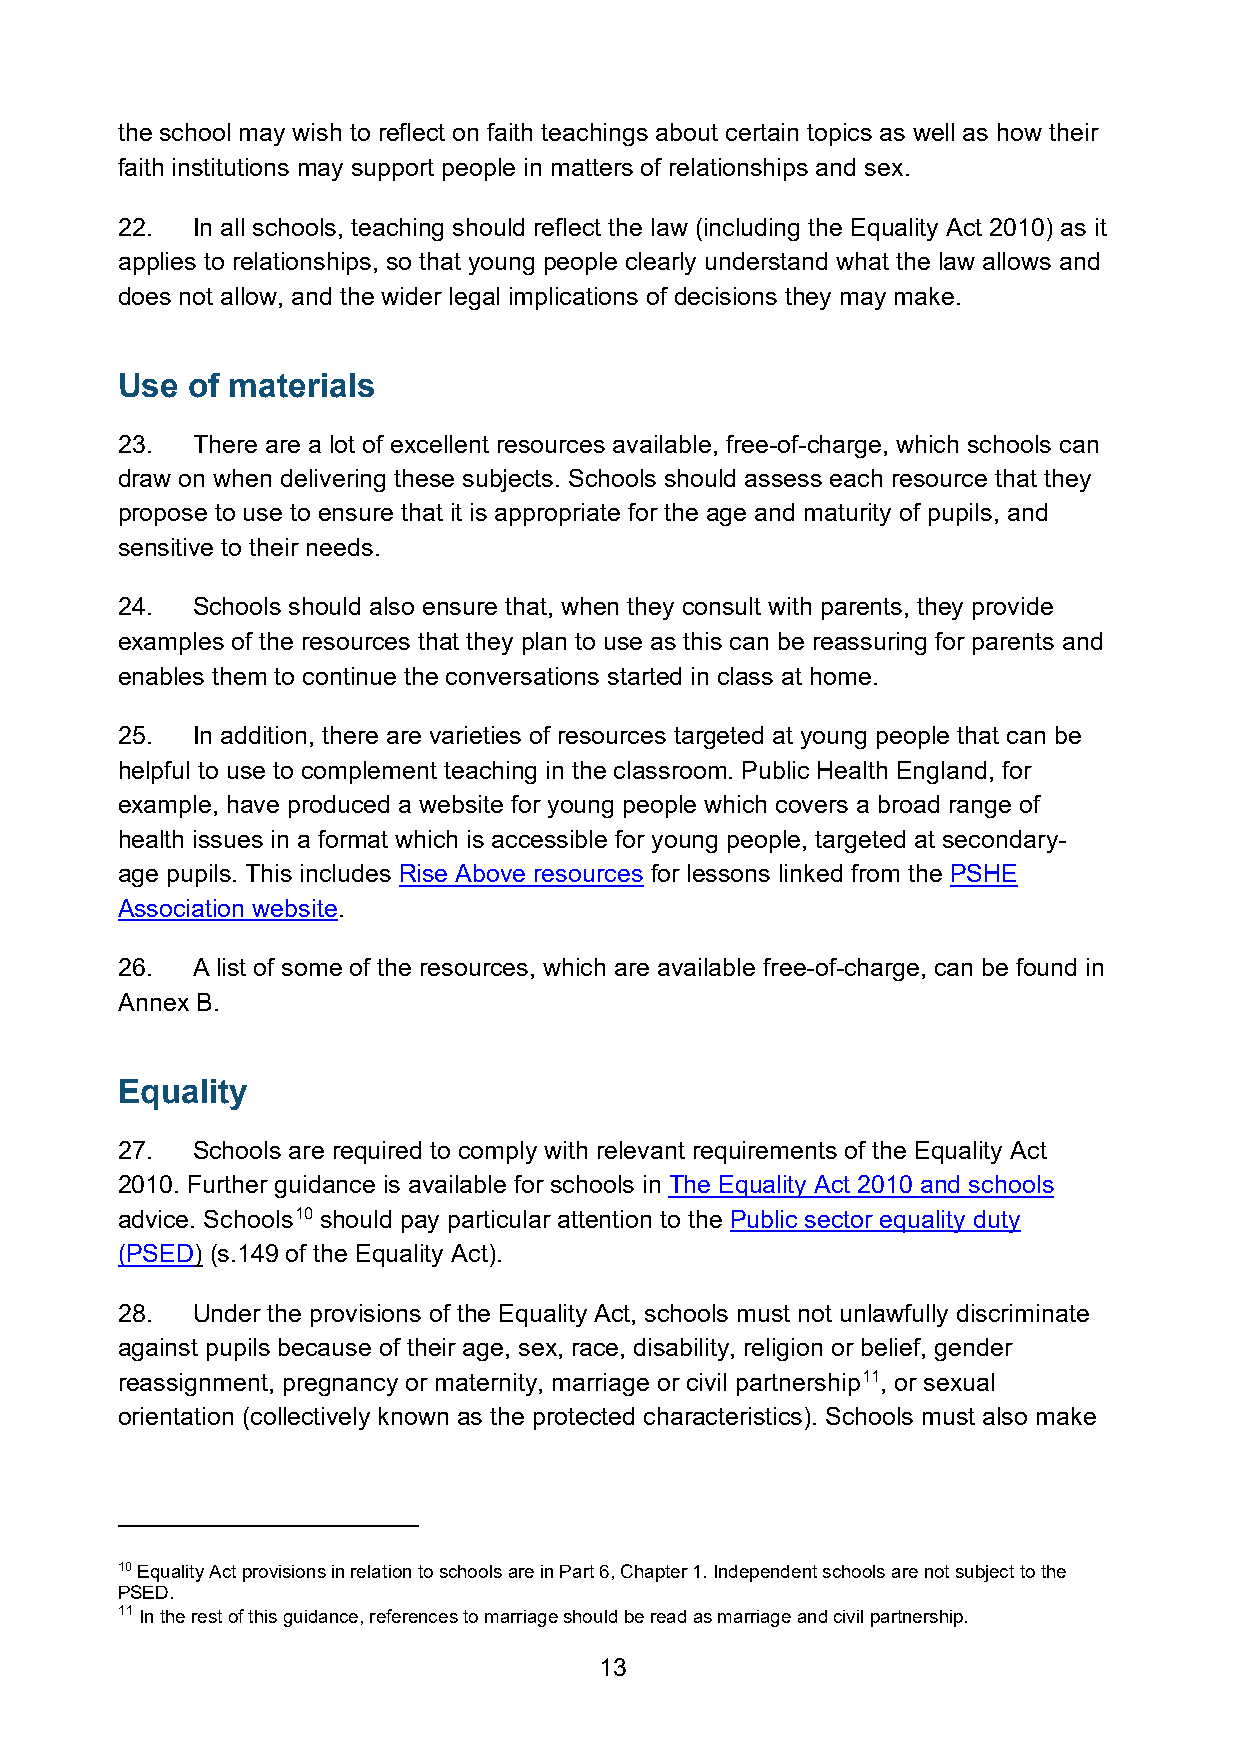
the school may wish to reflect on faith teachings about certain topics as well as how their
 faith institutions may support people in matters of relationships and sex.
 22.  In all schools, teaching should reflect the law (including the Equality Act 2010) as it
 applies to relationships, so that young people clearly understand what the law allows and
 does not allow, and the wider legal implications of decisions they may make.
 Use of materials
 23.  There are a lot of excellent resources available, free-of-charge, which schools can
 draw on when delivering these subjects. Schools should assess each resource that they
 propose to use to ensure that it is appropriate for the age and maturity of pupils, and
 sensitive to their needs.
 24.  Schools should also ensure that, when they consult with parents, they provide
 examples of the resources that they plan to use as this can be reassuring for parents and
 enables them to continue the conversations started in class at home.
 25.  In addition, there are varieties of resources targeted at young people that can be
 helpful to use to complement teaching in the classroom. Public Health England, for
 example, have produced a website for young people which covers a broad range of
 health issues in a format which is accessible for young people, targeted at secondary-
 age pupils. This includes Rise Above resources for lessons linked from the PSHE
 Association website.
 26.  A list of some of the resources, which are available free-of-charge, can be found in
 Annex B.
 Equality
 27.  Schools are required to comply with relevant requirements of the Equality Act
 2010. Further guidance is available for schools in The Equality Act 2010 and schools
 advice. Schools10 should pay particular attention to the Public sector equality duty
 (PSED) (s.149 of the Equality Act).
 28.  Under the provisions of the Equality Act, schools must not unlawfully discriminate
 against pupils because of their age, sex, race, disability, religion or belief, gender
 reassignment, pregnancy or maternity, marriage or civil partnership11, or sexual
 orientation (collectively known as the protected characteristics). Schools must also make
 10 Equality Act provisions in relation to schools are in Part 6, Chapter 1. Independent schools are not subject to the
 PSED.
 11 In the rest of this guidance, references to marriage should be read as marriage and civil partnership.
 13